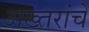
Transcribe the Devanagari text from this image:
अख्तरांचे